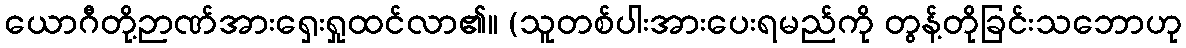
ယောဂီတို့ဉာဏ်အားရှေးရှုထင်လာ၏။ (သူတစ်ပါးအားပေးရမည်ကို တွန့်တိုခြင်းသဘောဟု